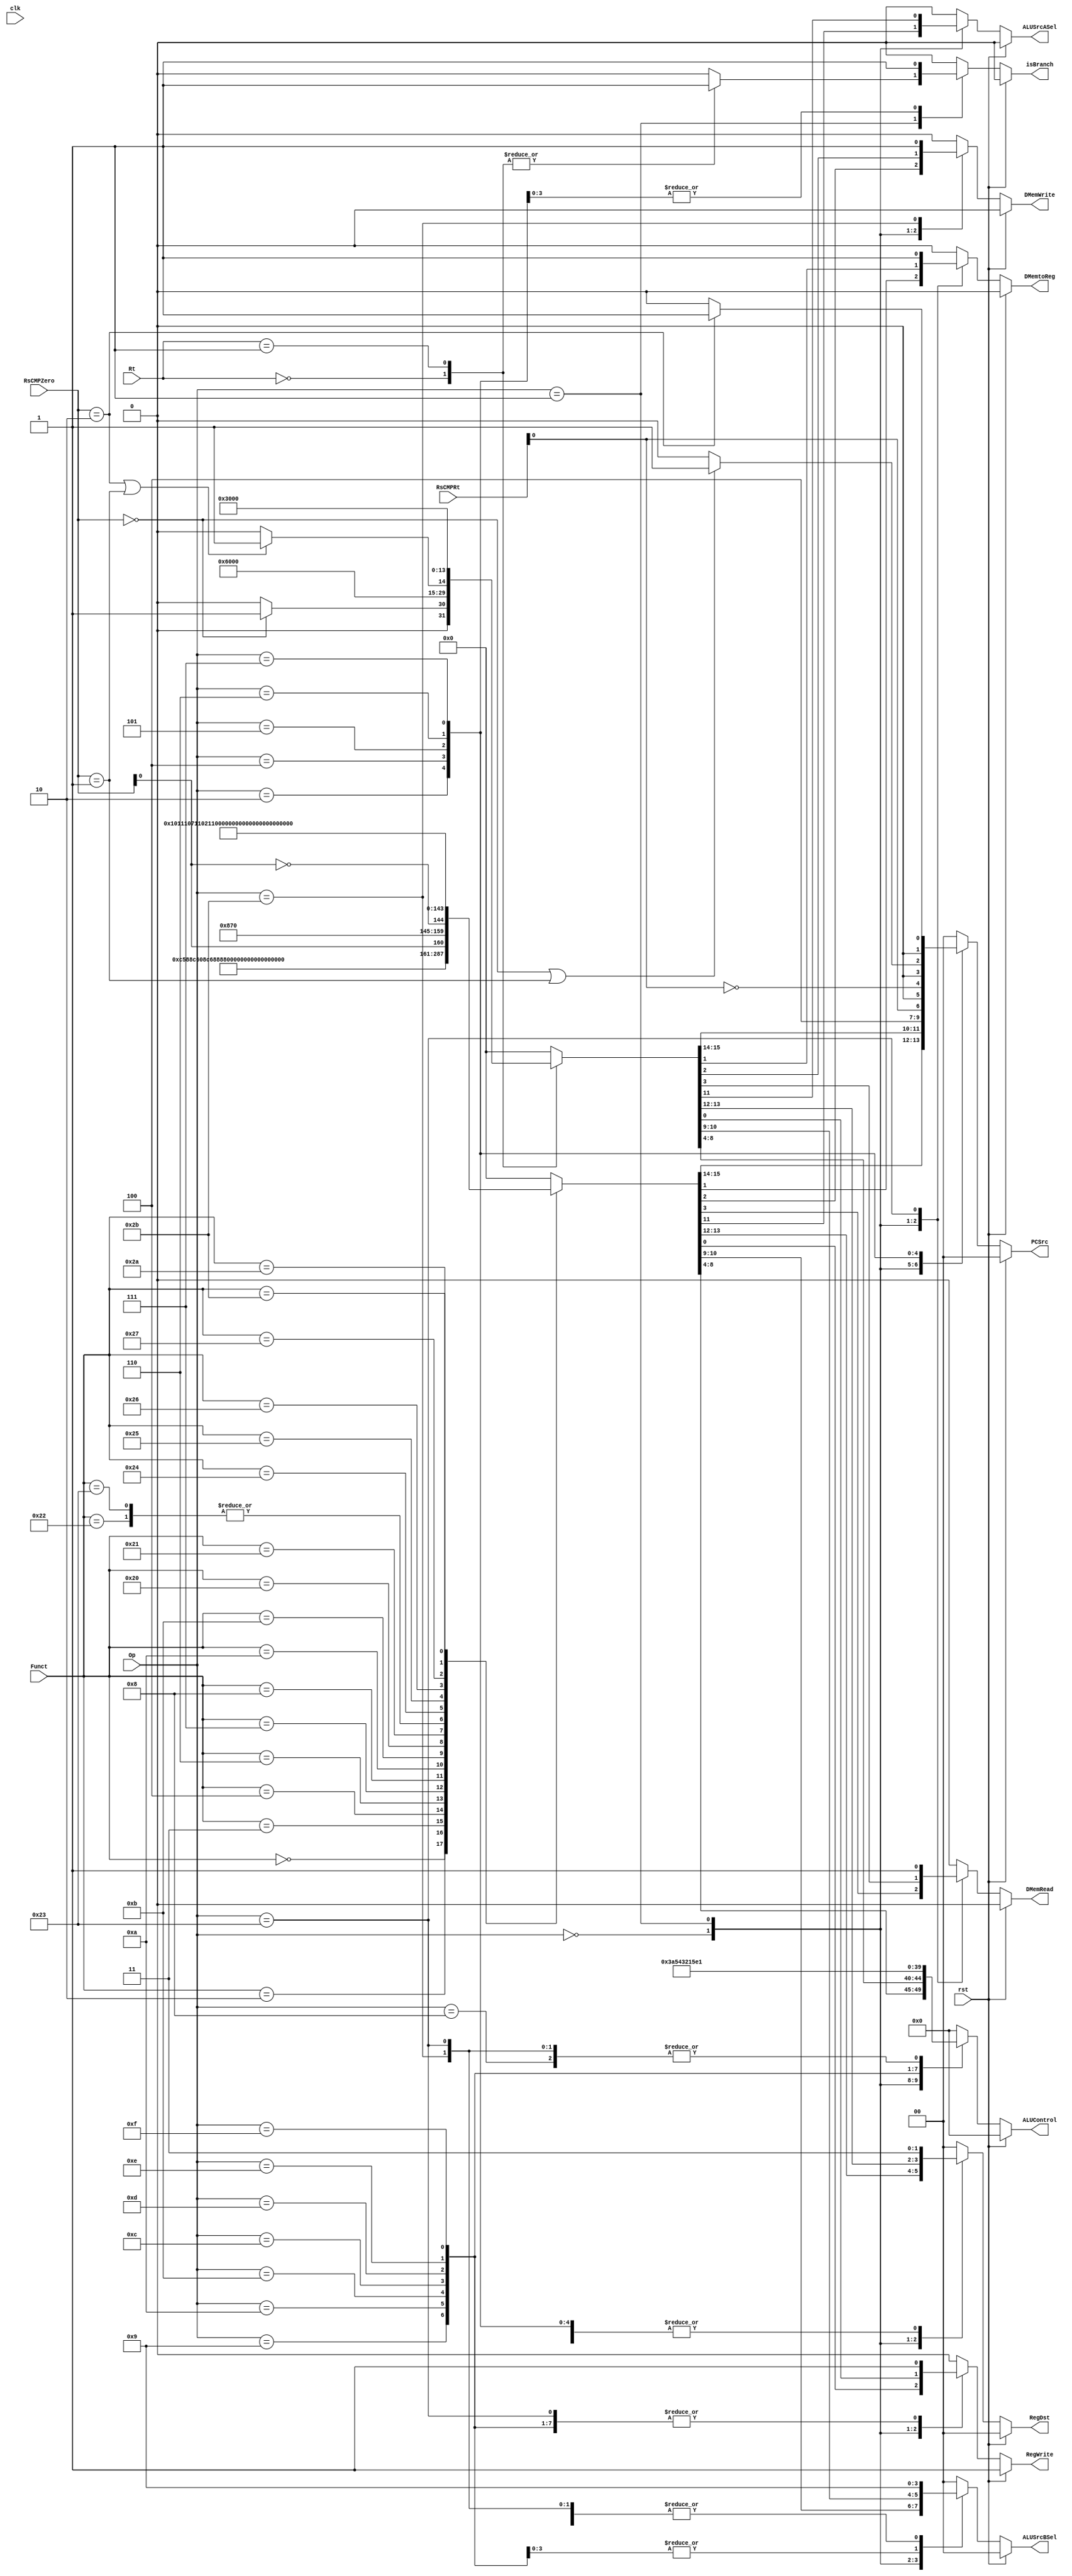
`timescale 1ns / 1ps
`define A_NOP 5'd00 //nop
`define A_ADD 5'd01 //signed_add
`define A_SUB 5'd02 //signed_sub
`define A_AND 5'd03 //and
`define A_OR  5'd04 //or
`define A_XOR 5'd05 //xor
`define A_NOR 5'd06 //nor
`define A_ADDU 5'd07 //unsigned_add
`define A_SUBU 5'd08 //unsigned_sub
`define A_SLT 5'd09 //slt
`define A_SLTU 5'd10 //unsigned_slt
`define A_SLL 5'd11 //sll
`define A_SRL 5'd12 //srl
`define A_SRA 5'd13 //sra
`define A_MOV 5'd14 //movz,movn
`define A_LUI 5'd15 //lui
`define LESS 2'b00
`define EQUAL 2'b01
`define GREATER 2'b10
module control(
	input clk,rst,
	input [5:0] Op, //instr[31:26]
	input [4:0] Rt, //instr[20:16]

	input [5:0] Funct,//instr[5:0]
	input [1:0] RsCMPRt,
	input [1:0] RsCMPZero,
	output reg [1:0] PCSrc, //0:+4,1:Branch,2:J,3:JR
	output reg isBranch,
	//ID
	output reg[1:0] RegDst,//0:RegWtaddr=rt,1:RegWtaddr=rd
	//EX
	output reg ALUSrcASel,//0:RegRdout1,1:ShamtZeroExtended
	output reg [1:0] ALUSrcBSel, //0:RegRdout2,1:IMMSignExtended,2:IMMZeroExtended
	output reg [4:0] ALUControl,
	//MEM
	output reg DMemRead,//1:En
	output reg DMemWrite,//1:En
	//WB
	output reg DMemtoReg,//0:Aluout,1:DMemout
	output reg RegWrite//1:En
    );

	reg [1:0] tmpsrc;

	always @(*)
	begin
	if(rst) 
		begin
			isBranch=0;
			{{PCSrc},{RegDst},{ALUSrcASel},{ALUSrcBSel},{ALUControl},{DMemRead},{DMemWrite},{DMemtoReg},{RegWrite}}={{7'b00_00_0_00},{`A_NOP},{4'b0001}};
		end
	else
		//case(nstate)
			//4'd0://normal 
				case(Op)
					6'b000000: //R-Type
					begin
					    isBranch=0;
						case(Funct)
							//
							6'b000000: //SLL
								{{PCSrc},{RegDst},{ALUSrcASel},{ALUSrcBSel},{ALUControl},{DMemRead},{DMemWrite},{DMemtoReg},{RegWrite}}={{7'b00_01_1_00},{`A_SLL},{4'b0001}};
							//6'b000001: //MOVCI
							6'b000010: //SRL
								{{PCSrc},{RegDst},{ALUSrcASel},{ALUSrcBSel},{ALUControl},{DMemRead},{DMemWrite},{DMemtoReg},{RegWrite}}={{7'b00_01_1_00},{`A_SRL},{4'b0001}};
							6'b000011: //SRA
								{{PCSrc},{RegDst},{ALUSrcASel},{ALUSrcBSel},{ALUControl},{DMemRead},{DMemWrite},{DMemtoReg},{RegWrite}}={{7'b00_01_1_00},{`A_SRA},{4'b0001}};
							6'b000100: //SLLV
								{{PCSrc},{RegDst},{ALUSrcASel},{ALUSrcBSel},{ALUControl},{DMemRead},{DMemWrite},{DMemtoReg},{RegWrite}}={{7'b00_01_0_00},{`A_SLL},{4'b0001}};
							//6'b000101: //*
							6'b000110: //SRLV
								{{PCSrc},{RegDst},{ALUSrcASel},{ALUSrcBSel},{ALUControl},{DMemRead},{DMemWrite},{DMemtoReg},{RegWrite}}={{7'b00_01_0_00},{`A_SRL},{4'b0001}};
							6'b000111: //SRAV
								{{PCSrc},{RegDst},{ALUSrcASel},{ALUSrcBSel},{ALUControl},{DMemRead},{DMemWrite},{DMemtoReg},{RegWrite}}={{7'b00_01_0_00},{`A_SRA},{4'b0001}};
							6'b001000: //JR
								{{PCSrc},{RegDst},{ALUSrcASel},{ALUSrcBSel},{ALUControl},{DMemRead},{DMemWrite},{DMemtoReg},{RegWrite}}={{7'b11_11_0_00},{`A_NOP},{4'b0000}};
							//6'b001001: //JALR
							
							6'b001010: //MOVZ
								{{PCSrc},{RegDst},{ALUSrcASel},{ALUSrcBSel},{ALUControl},{DMemRead},{DMemWrite},{DMemtoReg},{RegWrite}}={{7'b00_01_0_00},{`A_MOV},{3'b000},{RsCMPZero[0]}};
							6'b001011: //MOVN
								{{PCSrc},{RegDst},{ALUSrcASel},{ALUSrcBSel},{ALUControl},{DMemRead},{DMemWrite},{DMemtoReg},{RegWrite}}={{7'b00_01_0_00},{`A_MOV},{3'b000},{~RsCMPZero[0]}};
							//6'b001100: //SYSCALL
							//6'b001101: //BREAK
							//6'b001110: //*
							//6'b001111: //SYNC
							//6'b010000: //MFHI
							//6'b010001: //MTHI
							//6'b010010: //MFLO
							//6'b010011: //MTLO
							//6'b010100: //DSLLV
							//6'b010101: //*
							//6'b010110: //DSRLV
							//6'b010111: //DSRAV
							//6'b011000: //MULT
							//6'b011001: //MULTU
							//6'b011010: //DIV
							//6'b011011: //DIVU
							//6'b011100: //DMULT
							//6'b011101: //DMULTU
							//6'b011110: //DDIV
							//6'b011111: //DDIVU
							6'b100000: //ADD
								{{PCSrc},{RegDst},{ALUSrcASel},{ALUSrcBSel},{ALUControl},{DMemRead},{DMemWrite},{DMemtoReg},{RegWrite}}={{7'b00_01_0_00},{`A_ADD},{4'b0001}};
							6'b100001: //ADDU
								{{PCSrc},{RegDst},{ALUSrcASel},{ALUSrcBSel},{ALUControl},{DMemRead},{DMemWrite},{DMemtoReg},{RegWrite}}={{7'b00_01_0_00},{`A_ADDU},{4'b0001}};
							6'b100010: //SUB
								{{PCSrc},{RegDst},{ALUSrcASel},{ALUSrcBSel},{ALUControl},{DMemRead},{DMemWrite},{DMemtoReg},{RegWrite}}={{7'b00_01_0_00},{`A_SUB},{4'b0001}};
							6'b100011: //SUBU0
								{{PCSrc},{RegDst},{ALUSrcASel},{ALUSrcBSel},{ALUControl},{DMemRead},{DMemWrite},{DMemtoReg},{RegWrite}}={{7'b00_01_0_00},{`A_SUB},{4'b0001}};
							6'b100100: //AND
								{{PCSrc},{RegDst},{ALUSrcASel},{ALUSrcBSel},{ALUControl},{DMemRead},{DMemWrite},{DMemtoReg},{RegWrite}}={{7'b00_01_0_00},{`A_AND},{4'b0001}};
							6'b100101: //OR
								{{PCSrc},{RegDst},{ALUSrcASel},{ALUSrcBSel},{ALUControl},{DMemRead},{DMemWrite},{DMemtoReg},{RegWrite}}={{7'b00_01_0_00},{`A_OR},{4'b0001}};
							6'b100110: //XOR
								{{PCSrc},{RegDst},{ALUSrcASel},{ALUSrcBSel},{ALUControl},{DMemRead},{DMemWrite},{DMemtoReg},{RegWrite}}={{7'b00_01_0_00},{`A_XOR},{4'b0001}};
							6'b100111: //NOR
								{{PCSrc},{RegDst},{ALUSrcASel},{ALUSrcBSel},{ALUControl},{DMemRead},{DMemWrite},{DMemtoReg},{RegWrite}}={{7'b00_01_0_00},{`A_NOR},{4'b0001}};
							//6'b101000: //*
							//6'b101001: //*
							6'b101010: //SLT
								{{PCSrc},{RegDst},{ALUSrcASel},{ALUSrcBSel},{ALUControl},{DMemRead},{DMemWrite},{DMemtoReg},{RegWrite}}={{7'b00_01_0_00},{`A_SLT},{4'b0001}};
							6'b101011: //SLTU
								{{PCSrc},{RegDst},{ALUSrcASel},{ALUSrcBSel},{ALUControl},{DMemRead},{DMemWrite},{DMemtoReg},{RegWrite}}={{7'b00_01_0_00},{`A_SLTU},{4'b0001}};
							//6'b101100: //DADD
							//6'b101101: //DADDU
							//6'b101110: //DSUB
							//6'b101111: //DSUBU
							//6'b110000: //TGE
							//6'b110001: //TGEU
							//6'b110010: //TLT
							//6'b110011: //TLTU
							//6'b110100: //TEQ
							//6'b110101: //*
							//6'b110110: //TNE
							//6'b110111: //*
							//6'b111000: //DSLL
							//6'b111001: //*
							//6'b111010: //DSRL
							//6'b111011: //DSRA
							//6'b111100: //DSLL32
							//6'b111101: //*
							//6'b111110: //DSRL32
							//6'b111111: //DSRA32
							default:{{PCSrc},{RegDst},{ALUSrcASel},{ALUSrcBSel},{ALUControl},{DMemRead},{DMemWrite},{DMemtoReg},{RegWrite}}={{7'b00_00_0_00},{`A_NOP},{4'b0000}} ;
						endcase
					end
					6'b000001: begin
						case(Rt)
							6'b00000: //BLTZ
							begin
								isBranch=1;
								if(RsCMPZero == `LESS) tmpsrc = 2'b01; else tmpsrc = 2'b00;
								{{PCSrc},{RegDst},{ALUSrcASel},{ALUSrcBSel},{ALUControl},{DMemRead},{DMemWrite},{DMemtoReg},{RegWrite}}={{tmpsrc},{5'b11_0_00},{`A_NOP},{4'b0000}};
							end
							6'b00001: //BGEZ
							begin
								isBranch=1;
								if(RsCMPZero == `GREATER || RsCMPZero == `EQUAL) tmpsrc = 2'b01; else tmpsrc = 2'b00;
								{{PCSrc},{RegDst},{ALUSrcASel},{ALUSrcBSel},{ALUControl},{DMemRead},{DMemWrite},{DMemtoReg},{RegWrite}}={{tmpsrc},{5'b11_0_00},{`A_NOP},{4'b0000}};
							end
							//6'b00010: //BLTZL
							//6'b00011: //BGEZL
							//6'b10000: //BLTZAL
							//6'b10001: //BGEZAL
							//6'b10010: //BLTZALL
							//6'b10011: //BGEZALL
							default:begin
								isBranch=0;
							{{PCSrc},{RegDst},{ALUSrcASel},{ALUSrcBSel},{ALUControl},{DMemRead},{DMemWrite},{DMemtoReg},{RegWrite}}={{7'b00_00_0_00},{`A_NOP},{4'b0000}} ;
							end
						endcase
						end
					6'b000010: begin
						isBranch=0;
						{{PCSrc},{RegDst},{ALUSrcASel},{ALUSrcBSel},{ALUControl},{DMemRead},{DMemWrite},{DMemtoReg},{RegWrite}}={{7'b10_11_0_00},{`A_NOP},{4'b0000}};
					end
					//6'b000011: //JAL
					6'b000100:begin
						isBranch=1;
						{{PCSrc},{RegDst},{ALUSrcASel},{ALUSrcBSel},{ALUControl},{DMemRead},{DMemWrite},{DMemtoReg},{RegWrite}}={{{1'b0},{RsCMPRt[0]}},{5'b11_0_00},{`A_NOP},{4'b0000}};
					end //BEQ
						
					6'b000101:begin
						isBranch=1;
						{{PCSrc},{RegDst},{ALUSrcASel},{ALUSrcBSel},{ALUControl},{DMemRead},{DMemWrite},{DMemtoReg},{RegWrite}}={{{1'b0},{~RsCMPRt[0]}},{5'b11_0_00},{`A_NOP},{4'b0000}};
					end //BNE,
						
					6'b000110: //BLEZ
						begin
						isBranch=1;
						if(RsCMPZero == `LESS || RsCMPZero == `EQUAL) tmpsrc = 2'b01; else tmpsrc = 2'b00;
						{{PCSrc},{RegDst},{ALUSrcASel},{ALUSrcBSel},{ALUControl},{DMemRead},{DMemWrite},{DMemtoReg},{RegWrite}}={{tmpsrc},{5'b11_0_00},{`A_NOP},{4'b0000}};
						end
					6'b000111: //BGTZ
						begin
						isBranch=1;
						if(RsCMPZero == `GREATER) tmpsrc = 2'b01; else tmpsrc = 2'b00;
						{{PCSrc},{RegDst},{ALUSrcASel},{ALUSrcBSel},{ALUControl},{DMemRead},{DMemWrite},{DMemtoReg},{RegWrite}}={{tmpsrc},{5'b11_0_00},{`A_NOP},{4'b0000}};
						end
					6'b001000: //ADDI
					begin
						isBranch=0;
						{{PCSrc},{RegDst},{ALUSrcASel},{ALUSrcBSel},{ALUControl},{DMemRead},{DMemWrite},{DMemtoReg},{RegWrite}}={{7'b00_0_0_01},{`A_ADD},{4'b0001}};
					end
					6'b001001: //ADDIU
					begin
						isBranch=0;
						{{PCSrc},{RegDst},{ALUSrcASel},{ALUSrcBSel},{ALUControl},{DMemRead},{DMemWrite},{DMemtoReg},{RegWrite}}={{7'b00_0_0_01},{`A_ADDU},{4'b0001}};
					end
					6'b001010: //SLTI
					begin
						isBranch=0;
						{{PCSrc},{RegDst},{ALUSrcASel},{ALUSrcBSel},{ALUControl},{DMemRead},{DMemWrite},{DMemtoReg},{RegWrite}}={{7'b00_0_0_01},{`A_SLT},{4'b0001}};
					end
					6'b001011: //SLTIU
					begin
						isBranch=0;
						{{PCSrc},{RegDst},{ALUSrcASel},{ALUSrcBSel},{ALUControl},{DMemRead},{DMemWrite},{DMemtoReg},{RegWrite}}={{7'b00_0_0_01},{`A_SLTU},{4'b0001}};
					end
					6'b001100: //ANDI
					begin
						isBranch=0;
						{{PCSrc},{RegDst},{ALUSrcASel},{ALUSrcBSel},{ALUControl},{DMemRead},{DMemWrite},{DMemtoReg},{RegWrite}}={{7'b00_0_0_10},{`A_AND},{4'b0001}};
					end
					6'b001101: //ORI
					begin
						isBranch=0;
						{{PCSrc},{RegDst},{ALUSrcASel},{ALUSrcBSel},{ALUControl},{DMemRead},{DMemWrite},{DMemtoReg},{RegWrite}}={{7'b00_0_0_10},{`A_OR},{4'b0001}};
					end
					6'b001110: //XORI
					begin
						isBranch=0;
						{{PCSrc},{RegDst},{ALUSrcASel},{ALUSrcBSel},{ALUControl},{DMemRead},{DMemWrite},{DMemtoReg},{RegWrite}}={{7'b00_0_0_10},{`A_XOR},{4'b0001}};
					end
					6'b001111: //LUI
					begin
						isBranch=0;
						{{PCSrc},{RegDst},{ALUSrcASel},{ALUSrcBSel},{ALUControl},{DMemRead},{DMemWrite},{DMemtoReg},{RegWrite}}={{7'b00_0_0_10},{`A_LUI},{4'b0001}};
					end
					//6'b010000: //COP0
					//6'b010001: //COP1
					//6'b010010: //COP2
					//6'b010011: //COP1X
					//6'b010100: //BEQL
					//6'b010101: //BNEL
					//6'b010110: //BLEZL
					//6'b010111: //BGTZL
					//6'b011000: //DADDI
					//6'b011001: //DADDIU
					//6'b011010: //LDL
					//6'b011011: //LDR
					//6'b011100: //?
					//6'b011101: //*
					//6'b011110: //*
					//6'b011111: //*
					//6'b100000: //LB
					//6'b100001: //LH
					//6'b100010: //LWL
					6'b100011: //LW
					begin
						isBranch=0;
						{{PCSrc},{RegDst},{ALUSrcASel},{ALUSrcBSel},{ALUControl},{DMemRead},{DMemWrite},{DMemtoReg},{RegWrite}}={{7'b00_00_0_01},{`A_ADD},{4'b1011}};
					end
					//6'b100100: //LBU
					//6'b100101: //LHU
					//6'b100110: //LWR
					//6'b100111: //LWU
					//6'b101000: //SB
					//6'b101001: //SH
					//6'b101010: //SWL
					6'b101011: //SW
					begin
						isBranch=0;
						{{PCSrc},{RegDst},{ALUSrcASel},{ALUSrcBSel},{ALUControl},{DMemRead},{DMemWrite},{DMemtoReg},{RegWrite}}={{7'b00_11_0_01},{`A_ADD},{4'b0100}};
					end
					//6'b101100: //SDL
					//6'b101101: //SDR
					//6'b101110: //SWR
					//6'b101111: //?
					//6'b110000: //LL
					//6'b110001: //LWC1
					//6'b110010: //LWC2
					//6'b110011: //PREF
					//6'b110100: //LLD
					//6'b110101: //LDC1
					//6'b110110: //LDC2
					//6'b110111: //LD
					//6'b111000: //SC
					//6'b111001: //SWC1
					//6'b111010: //SWC2
					//6'b111011: //?
					//6'b111100: //SCD
					//6'b111101: //SDC1
					//6'b111110: //SDC2
					//6'b111111: //SD
					default:
					begin
						isBranch=0;
						{{PCSrc},{RegDst},{ALUSrcASel},{ALUSrcBSel},{ALUControl},{DMemRead},{DMemWrite},{DMemtoReg},{RegWrite}}={{7'b00_00_0_00},{`A_NOP},{4'b0000}} ;
					end
				endcase		
		//endcase
	end
endmodule